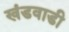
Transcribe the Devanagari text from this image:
खंडवाडी